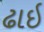
ઢાઇ